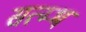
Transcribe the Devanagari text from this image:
सत्म्भ